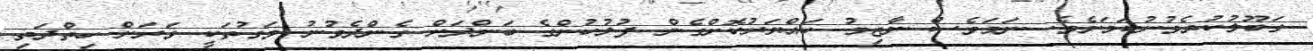
ގަބޫލުކުރެވުނުކަމަށެވެ. ނަމަވެސް ނާޒިމު ހައްޔަރުކޮށްގެން ފުލުހުންގެ ބަންދަށް ގެންދެވުނު ވަގުތަކީ ވަރަށް ހިތްދަތި